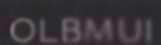
olbmui